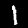
Label: 1